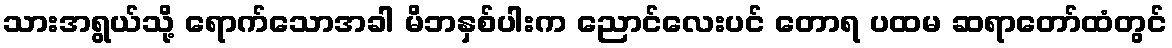
သားအရွယ်သို့ ရောက်သောအခါ မိဘနှစ်ပါးက ညောင်လေးပင် တောရ ပထမ ဆရာတော်ထံတွင်